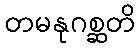
တမနုဂစ္ဆတိ